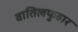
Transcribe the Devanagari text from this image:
वातिलफुहार